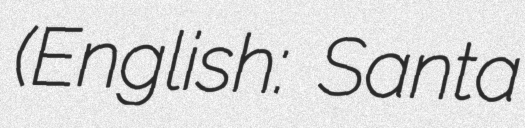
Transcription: (English: Santa